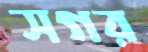
সগর